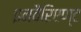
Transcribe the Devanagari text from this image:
इनवैरिएण्ट